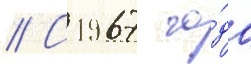
// С 1967 го́да